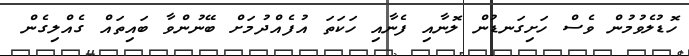
ހޮޑުލެވުމުން ވެސް ހަށިގަނޑުން ލޮނާއި ފެނާއި ހަކަތަ އުފެއްދުމަށް ބޭނުންވާ ބައިތައް ގެއްލިގެން